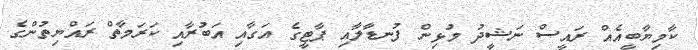
ކާމިޔާބީއެއް ރައީސް ނަޝީދު މުޅިން ފުނޑާލާއި ޕާޓީގެ އަގާއި އަބުރާއި ކަރަމާތް ރައްޔިތުންގެ